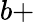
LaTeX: b+